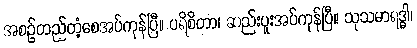
အစဉ်တည်တံ့စေအပ်ကုန်ပြီ။ ပရိစိတာ၊ ဆည်းပူးအပ်ကုန်ပြီ။ သုသမာရဒ္ဓါ၊